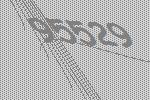
95529